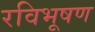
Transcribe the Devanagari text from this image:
रविभूषण